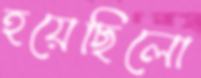
হয়েছিলো